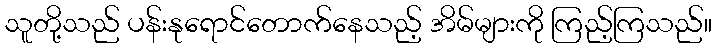
သူတို့သည် ပန်းနုရောင်တောက်နေသည့် အိမ်များကို ကြည့်ကြသည်။